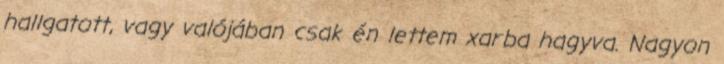
hallgatott, vagy valójában csak én lettem xarba hagyva. Nagyon